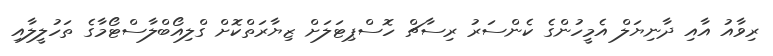
ރިވާއު އާއި ދާނިޔަލް އެމީހުންގެ ކެންސަރު ރިސާޗް ހޮސްޕިޓަލަށް ޒިޔާރަތްކޮށް ގްލިއޯބްލާސްޓޯމާގެ ތަހުލީލާއި